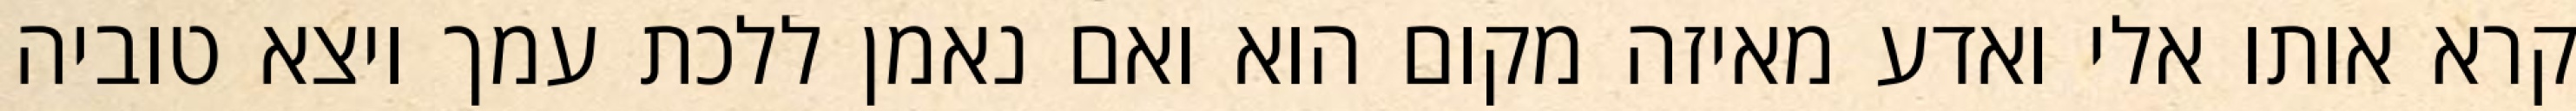
קרא אותו אלי ואדע מאיזה מקום הוא ואם נאמן ללכת עמך ויצא טוביה